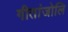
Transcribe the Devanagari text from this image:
गीतांजोलि